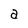
Character: a